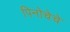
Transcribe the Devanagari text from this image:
पिनोचेचे